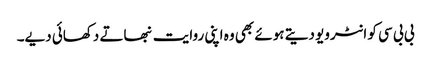
بی بی سی کو انٹرویو دیتے ہوئے بھی وہ اپنی روایت نبھاتے دکھائی دیے۔